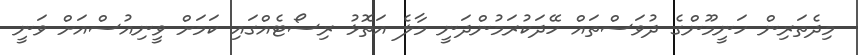
މިދެތަރިން ހަނީމޫންގެ ދުވަސްތައް ހޭދަކުރަމުންދަނީ މާލެ އަތޮޅު ރިސޯޓެއްގައި ކަމަށް ވީނިއުސްއަށް ވަނީ